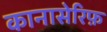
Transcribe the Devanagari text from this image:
कानासेरिफ़